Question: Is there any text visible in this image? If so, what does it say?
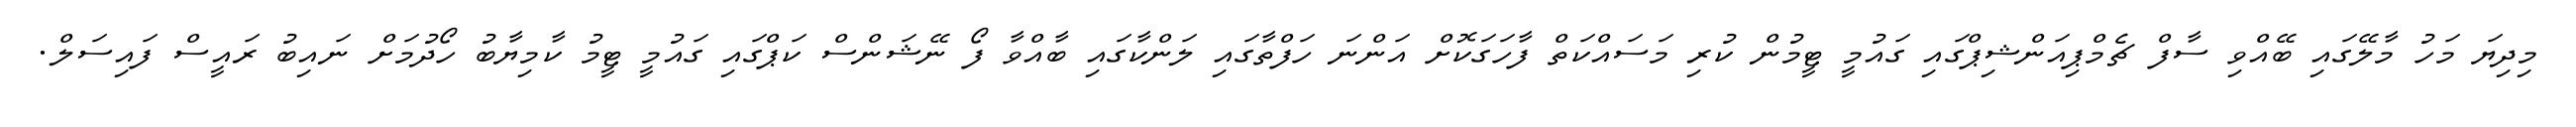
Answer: މިދިޔަ މަހު މާލޭގައި ބޭއްވި ސާފް ޗެމްޕިއަންޝިޕްގައި ގައުމީ ޓީމުން ކުރި މަސައްކަތް ފާހަގަކޮށް އަންނަ ހަފްތާގައި ލަންކާގައި ބާއްވާ ފޯ ނޭޝަންސް ކަޕްގައި ގައުމީ ޓީމު ކާމިޔާބު ހޯދުމަށް ނައިބު ރައީސް ފައިސަލް.